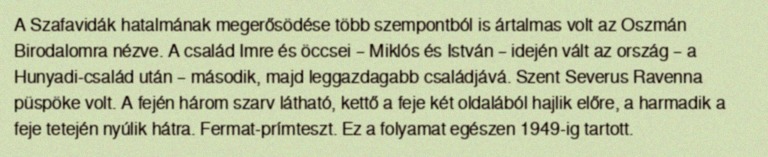
A Szafavidák hatalmának megerősödése több szempontból is ártalmas volt az Oszmán Birodalomra nézve. A család Imre és öccsei – Miklós és István – idején vált az ország – a Hunyadi-család után – második, majd leggazdagabb családjává. Szent Severus Ravenna püspöke volt. A fején három szarv látható, kettő a feje két oldalából hajlik előre, a harmadik a feje tetején nyúlik hátra. Fermat-prímteszt. Ez a folyamat egészen 1949-ig tartott.